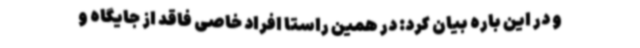
و در این باره بیان کرد: در همین راستا افراد خاصی فاقد از جایگاه و